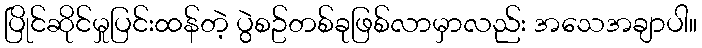
ပြိုင်ဆိုင်မှုပြင်းထန်တဲ့ ပွဲစဥ်တစ်ခုဖြစ်လာမှာလည်း အသေအချာပါ။